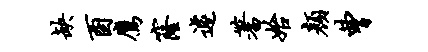
缺酉鹰窿遽蓍始颜曹